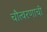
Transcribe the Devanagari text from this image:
चौत्वरणाची